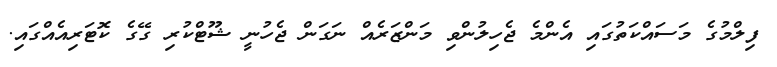
ފިލްމުގެ މަސައްކަތުގައި އެންމެ ޖެހިލުންވި މަންޒަރެއް ނަގަން ޖެހުނީ ޝޫޓްކުރި ގޭގެ ކޮޓަރިއެއްގައި.